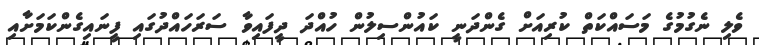
ވެލި ނެގުމުގެ މަސައްކަތް ކުރިއަށް ގެންދަނީ ކައުންސިލުން ހުއްދަ ދީފައިވާ ސަރަހައްދުގައި ފީނައިގެންކަމަށާއި